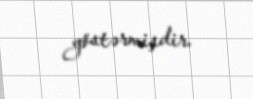
göstərmişdir.